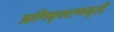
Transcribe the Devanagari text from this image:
आणिकृशह्णमूर्ती